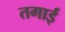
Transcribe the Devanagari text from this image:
तगाई